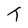
Character: t